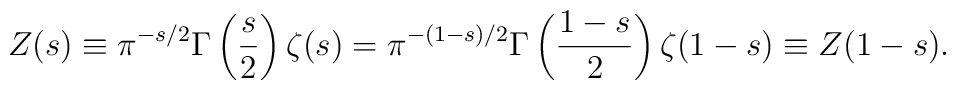
Z(s)\equiv\pi^{-s/2}\Gamma\left(\frac{s}{2}\right)\zeta(s)=\pi^{-(1-s)/2}\Gamma\left(\frac{1-s}{2}\right)\zeta(1-s)\equiv Z(1-s).